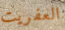
العفريت